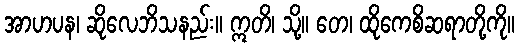
အာဟပန၊ ဆိုလေဘိသနည်း။ ဣတိ၊ သို့။ တေ၊ ထိုကေစိဆရာတို့ကို။